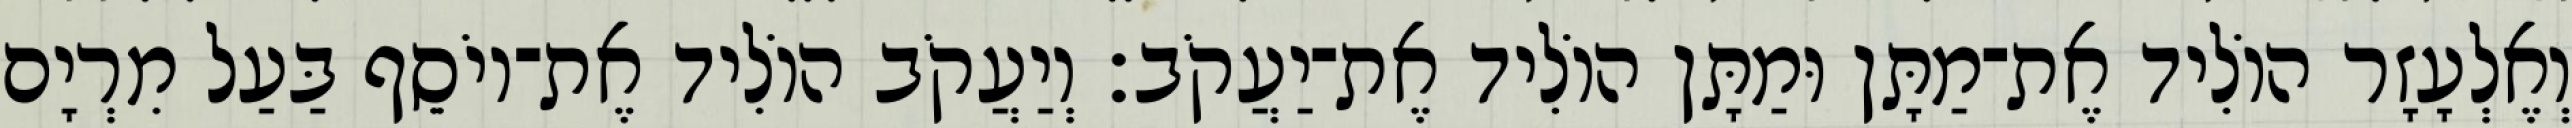
וְאֶלְעָזָר הוֹלִיד אֶת־מַתָּן וּמַתָּן הוֹלִיד אֶת־יַעֲקֹב׃ וְיַעֲקֹב הוֹלִיד אֶת־יוֹסֵף בַּעַל מִרְיָם